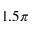
1 . 5 \pi